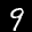
Label: 9